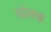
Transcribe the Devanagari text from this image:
योनक